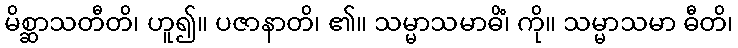
မိစ္ဆာသတီတိ၊ ဟူ၍။ ပဇာနာတိ၊ ၏။ သမ္မာသမာဓိံ၊ ကို။ သမ္မာသမာ ဓီတိ၊